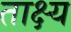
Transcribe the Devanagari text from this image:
ताक्ष्य